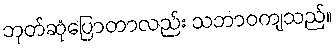
ဘုတ်ဆုံပြောတာလည်း သဘာဝကျသည်။